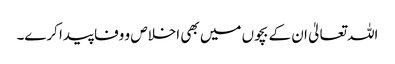
اللہ تعالیٰ ان کے بچوں میں بھی اخلاص و وفا پیدا کرے۔